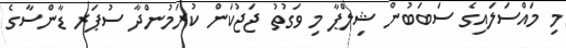
މި މައްސަލައިގެ ސަބަބުން ޝިލްޕާ މި ވަގުތު ޖަޖުކަން ކުރަމުންދާ ސުޕަރ ޑާންސާގެ